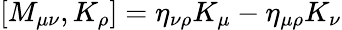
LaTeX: [M_{\mu\nu},K_{\rho}]=\eta_{\nu\rho}K_{\mu}-\eta_{\mu\rho}K_{\nu}